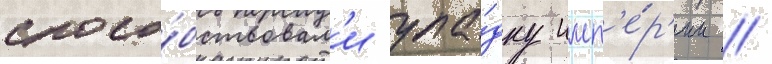
спосо́бствовал'и упа́дку имп'е́р'ии //